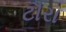
ટૌરા